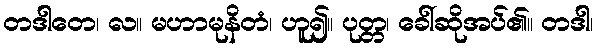
တဒါတေ၊ လ။ မဟာမုနိတံ၊ ဟူ၍။ ပုတ္တ၊ ခေါ်ဆိုအပ်၏။ တဒါ၊